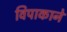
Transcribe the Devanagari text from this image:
विपाकाने